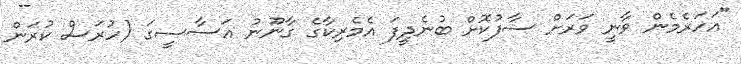
"އަހަރެމެން ވާނީ ވަރަށް ސާފުކޮށް ބުނެދީފަ އެމެރިކާގެ ގާނޫނު އަސާސީގަ (ހުރަސް ކުރަން